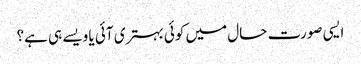
ایسی صورت حال میں کوئی بہتری آئی یا ویسے ہی ہے؟